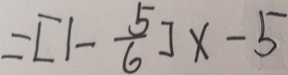
= [ 1 - \frac { 5 } { 6 } ] x - 5